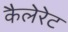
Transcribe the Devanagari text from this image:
कैलेरेट